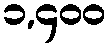
၁,၄၀၀